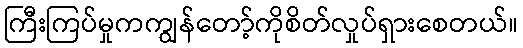
ကြီးကြပ်မှုကကျွန်တော့်ကိုစိတ်လှုပ်ရှားစေတယ်။